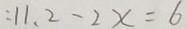
: 1 1 . 2 - 2 x = 6